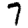
Digit: 7